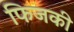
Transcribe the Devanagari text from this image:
फिजकी